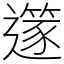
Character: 𨗹